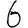
Digit: 6